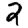
Digit: 2